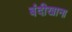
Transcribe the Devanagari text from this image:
बंदीखाना